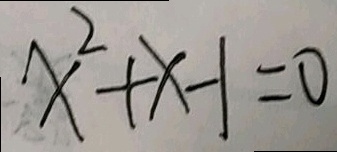
x ^ { 2 } + x - 1 = 0